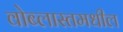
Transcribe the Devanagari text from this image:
वोब्लास्तमधील